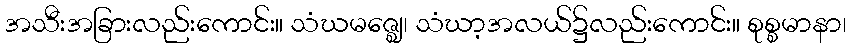
အသီးအခြားလည်းကောင်း။ သံဃမဇ္ဈေ၊ သံဃာ့အလယ်၌လည်းကောင်း။ စုစ္စမာနာ၊